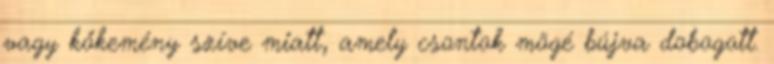
vagy kőkemény szíve miatt, amely csontok mögé bújva dobogott.